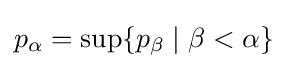
p_{\alpha }=\operatorname {sup} \{p_{\beta }\mid \beta <\alpha \}